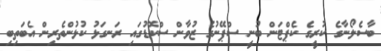
ބާސެލޯނާގެ ކުރީގެ ކެޕްޓަން ބުނީ ސްޕޭނުގެ ޒުވާން ސްކޮޑުގައި ރަނގަޅު ކުޅުންތެރިން އެބަތިބި